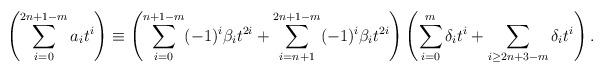
LaTeX: \begin{align*}\left( \sum_{i=0}^{2n+1-m} a_i t^i \right) \equiv \left(\sum_{i=0}^{n+1-m} (-1)^i \beta_i t^{2i} + \sum_{i=n+1}^{2n+1-m} (-1)^i \beta_i t^{2i} \right)\left(\sum_{i=0}^m \delta_i t^i + \sum_{i \geq 2n+3-m} \delta_i t^i \right).\end{align*}